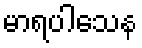
မာရပါသေန